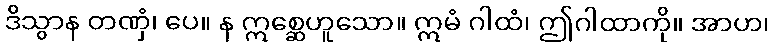
ဒိသွာန တဏှံ၊ ပေ။ န ဣစ္ဆေဟူသော။ ဣမံ ဂါထံ၊ ဤဂါထာကို။ အာဟ၊